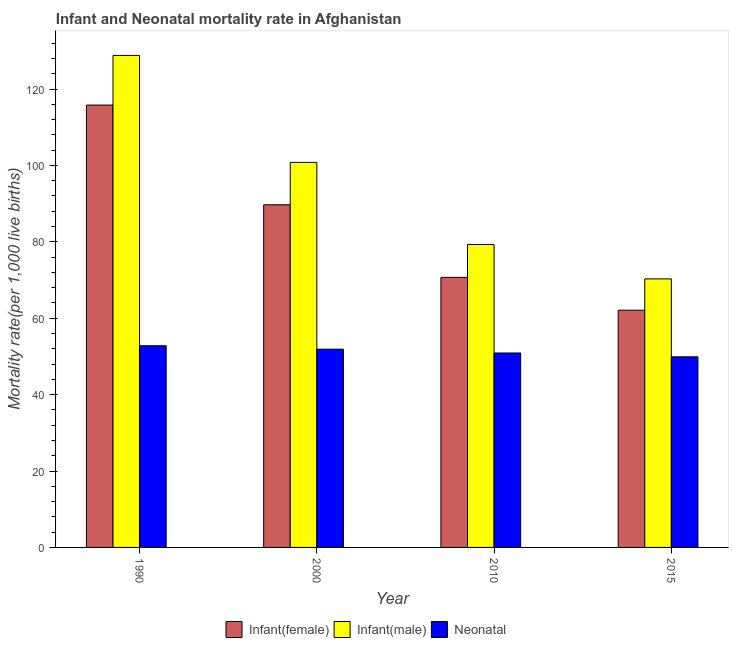
| Year | Infant(female) | Infant(male) | Neonatal  |
 | --- | --- | --- | --- |
 | 1990 | 116 | 129 | 52.8 |
 | 2000 | 89.7 | 101 | 51.9 |
 | 2010 | 70.7 | 79.3 | 50.9 |
 | 2015 | 62.1 | 70.3 | 49.9 |